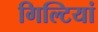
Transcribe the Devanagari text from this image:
गिल्टियां